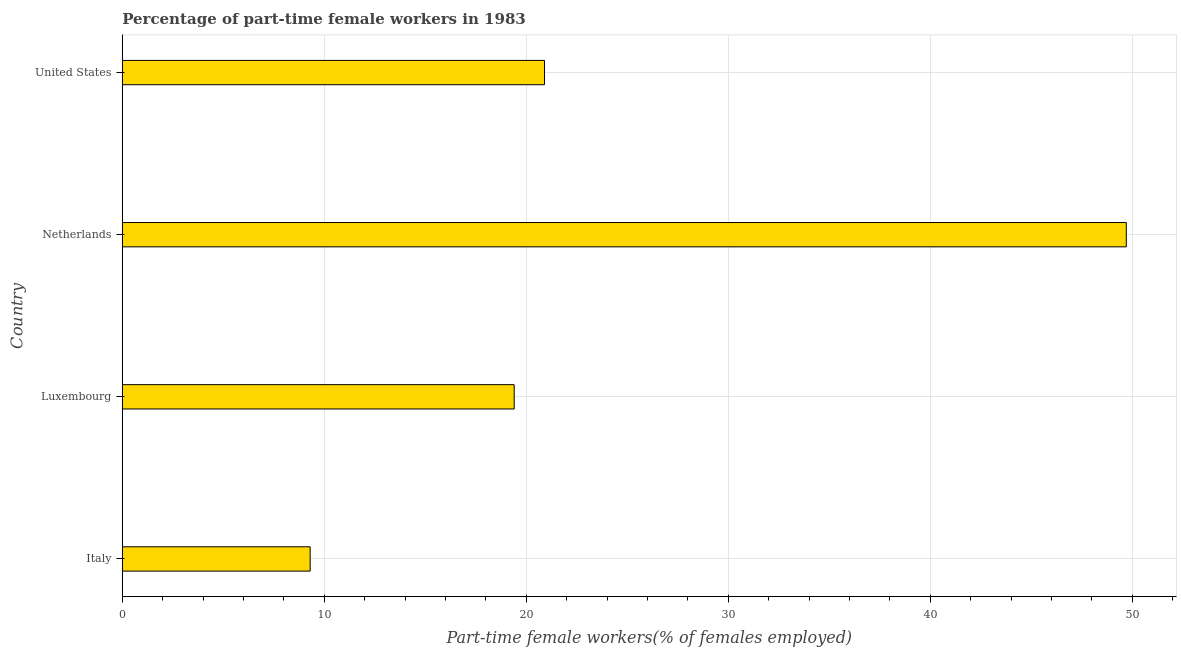
| Country | Part time employment |
 | --- | --- |
 | Italy | 9.3 |
 | Luxembourg | 19.4 |
 | Netherlands | 49.7 |
 | United States | 20.9 |